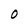
Character: O